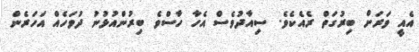
އެއީ ވަރަށް ބިރުގަތް ރެއެކެވެ. ސިއާދުވެސް އެހާ ހާސްވެ ބިރުންއުޅުނު ދުވަހެއް އަހަރެން